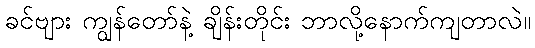
ခင်ဗျား ကျွန်တော်နဲ့ ချိန်းတိုင်း ဘာလို့နောက်ကျတာလဲ။